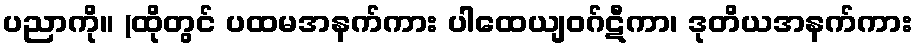
ပညာကို။ (ထိုတွင် ပထမအနက်ကား ပါထေယျဝဂ်ဋီကာ၊ ဒုတိယအနက်ကား